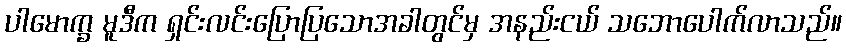
ပါမောက္ခ မူဒီက ရှင်းလင်းပြောပြသောအခါတွင်မှ အနည်းငယ် သဘောပေါက်လာသည်။